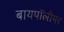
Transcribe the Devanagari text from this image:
बायपॉलीमर